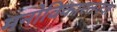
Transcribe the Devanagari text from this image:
मनोविकारतज्‍ज्ञ